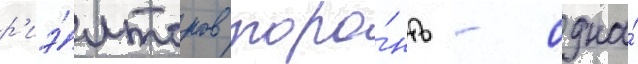
р'иэ́лторов торо́нто - одна́